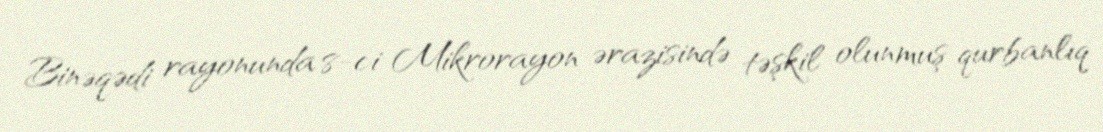
Binəqədi rayonunda 8-ci Mikrorayon ərazisində təşkil olunmuş qurbanlıq